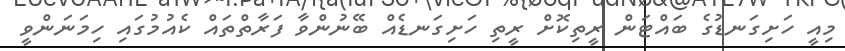
މިއީ ހަށިގަނޑުގެ ބައްޓަން ރީތިކޮށް ރީތި ހަށިގަނޑެއް ބޭނުންވާ ފަރާތްތައް ކެއުމުގައި ހިމަނަންވީ